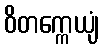
ဝိတက္ကေယျံ